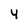
Character: 4